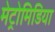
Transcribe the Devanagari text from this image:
मेट्रोमिडिया